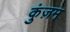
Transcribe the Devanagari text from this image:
कुंज़म